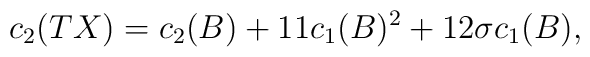
c_{2}(TX)= c_{2}(B)+11c_{1}(B)^{2}+12 \sigma c_{1}(B),